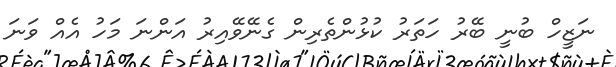
ނަޒީހް ބުނީ ބޭރު ހަތަރު ކުޅުންތެރިން ގެނޭވޭއިރު އަންނަ މަހު އެއް ވަނަ